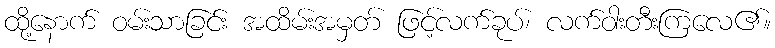
ထို့နောက် ဝမ်းသာခြင်း အထိမ်းအမှတ် ဖြင့်လက်ခုပ်၊ လက်ဝါးတီးကြလေ၏။